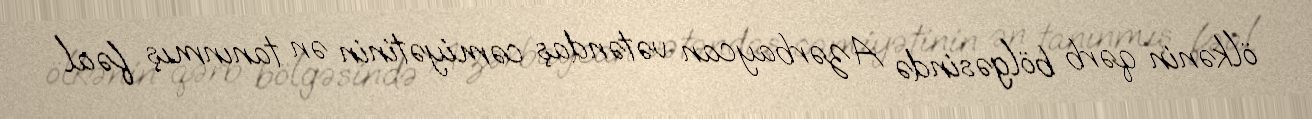
ölkənin qərb bölgəsində Azərbaycan vətəndaş cəmiyətinin ən tanınmış fəal